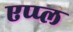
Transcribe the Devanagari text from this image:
एप्‍प्‍ल